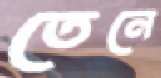
তেনে